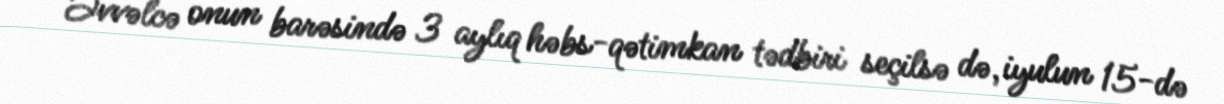
Əvvəlcə onun barəsində 3 aylıq həbs-qətimkan tədbiri seçilsə də, iyulun 15-də